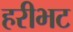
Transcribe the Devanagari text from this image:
हरीभट